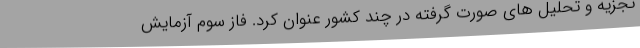
تجزیه و تحلیل های صورت گرفته در چند کشور عنوان کرد. فاز سوم آزمایش